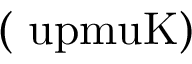
( \mathrm { \ u p m u K } )